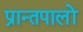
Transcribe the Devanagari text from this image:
प्रान्तपालों